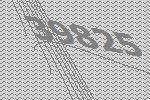
39825